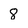
Character: 8